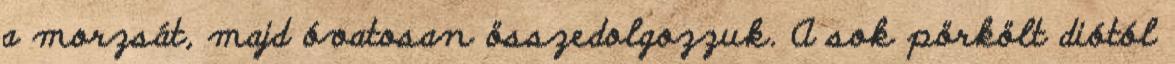
a morzsát, majd óvatosan összedolgozzuk. A sok pörkölt diótól